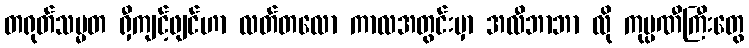
တရုတ်သမ္မတ ရှီကျင့်ဖျင်ဟာ လတ်တလော ကာလအတွင်းမှာ အလီဘာဘာ လို ကုမ္ပဏီကြီးတွေ